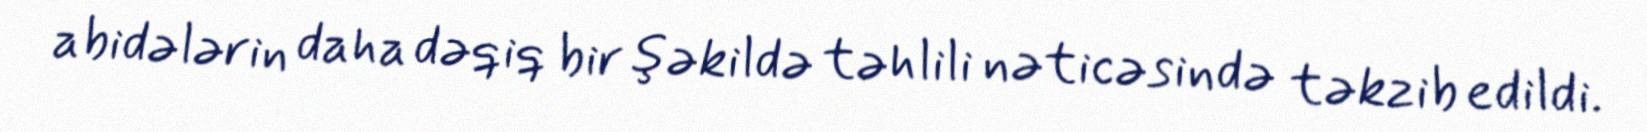
abidələrin daha dəqiq bir şəkildə təhlili nəticəsində təkzib edildi.